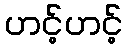
ဟင့်ဟင့်